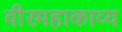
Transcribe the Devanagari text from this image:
वीरमहाकाव्य